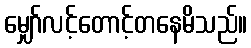
မျှော်လင့်တောင့်တနေမိသည်။